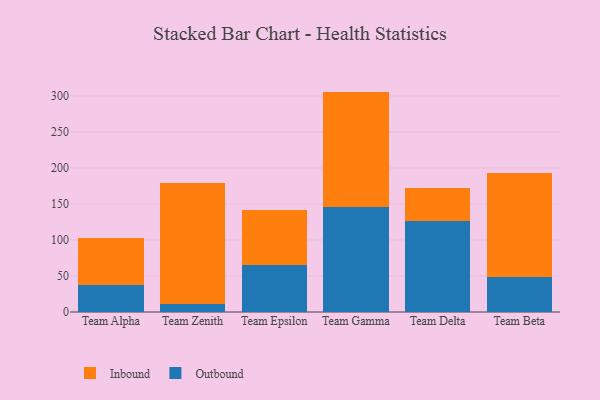
{"axis": {"x": "Team", "y": "Headcount"}, "legend": ["Inbound", "Outbound"], "data": [{"x": "Team Alpha", "y": 37.9, "type": "Outbound"}, {"x": "Team Alpha", "y": 65.3, "type": "Inbound"}, {"x": "Team Zenith", "y": 10.9, "type": "Outbound"}, {"x": "Team Zenith", "y": 167.9, "type": "Inbound"}, {"x": "Team Epsilon", "y": 65.0, "type": "Outbound"}, {"x": "Team Epsilon", "y": 77.1, "type": "Inbound"}, {"x": "Team Gamma", "y": 145.9, "type": "Outbound"}, {"x": "Team Gamma", "y": 160.2, "type": "Inbound"}, {"x": "Team Delta", "y": 126.0, "type": "Outbound"}, {"x": "Team Delta", "y": 45.6, "type": "Inbound"}, {"x": "Team Beta", "y": 48.0, "type": "Outbound"}, {"x": "Team Beta", "y": 145.5, "type": "Inbound"}]}